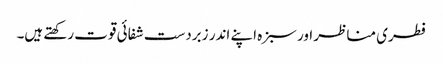
فطری مناظر اور سبزہ اپنے اندر زبردست شفائی قوت رکھتے ہیں۔